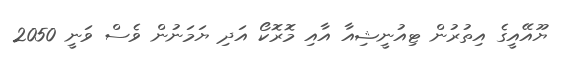
ޔޫއޭއީގެ އިތުރުން ޓިއުނީޝިއާ އާއި މޮރޮކޯ އަދި ޔަމަނުން ވެސް ވަނީ 2050